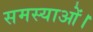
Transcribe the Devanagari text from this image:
समस्याओं।